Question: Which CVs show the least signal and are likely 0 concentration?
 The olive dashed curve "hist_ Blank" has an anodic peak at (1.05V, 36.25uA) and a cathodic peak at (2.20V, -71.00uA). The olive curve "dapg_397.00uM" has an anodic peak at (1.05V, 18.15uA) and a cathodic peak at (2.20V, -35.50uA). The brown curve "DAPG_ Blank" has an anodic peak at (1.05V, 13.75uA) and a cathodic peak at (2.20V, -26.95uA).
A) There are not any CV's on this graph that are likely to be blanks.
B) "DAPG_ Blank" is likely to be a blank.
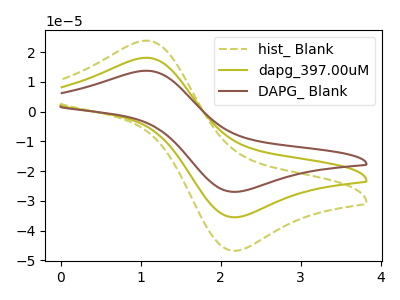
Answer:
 <answer>A) There are not any CV's on this graph that are likely to be blanks.</answer>
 <eval>A</eval>